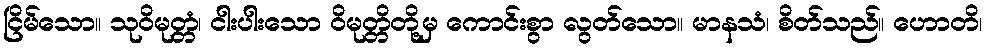
ငြိမ်သော။ သုဝိမုတ္တံ၊ ငါးပါးသော ဝိမုတ္တိတို့မှ ကောင်းစွာ လွတ်သော။ မာနသံ၊ စိတ်သည်။ ဟောတိ၊